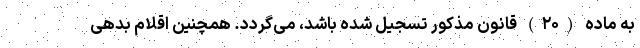
به ماده (۲۰) قانون مذکور تسجیل شده باشد، می‌گردد. همچنین اقلام بدهی